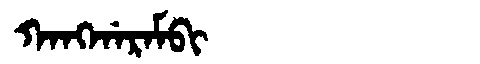
Manchu: ᡴᠠᠩᡤᠠᡵᠠᠮᠪᡳ
Romanization: KANGGARAMBI